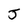
Character: J